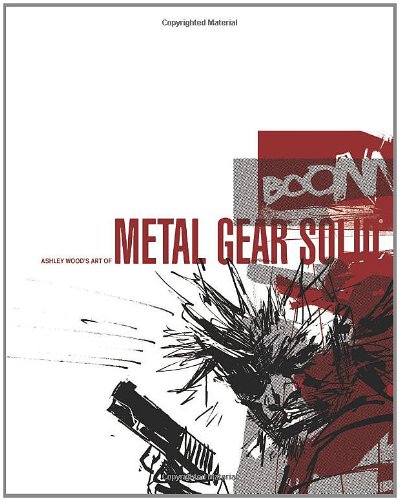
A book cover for Art of Metal Gear Solid HC; Ashley Wood; Comics & Graphic Novels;